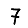
Digit: 7